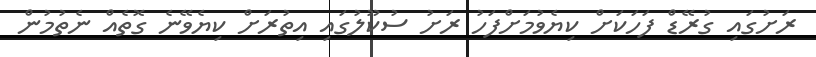
ރަށުގައި ގުރޭޑް ފަހަކަށް ކިޔެވުމަށްފަހު ރަށު ސުކޫލުގައި އިތުރަށް ކިޔެވޭނެ ގޮތެއް ނެތުމުން